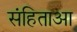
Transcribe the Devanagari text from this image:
संहिताआ